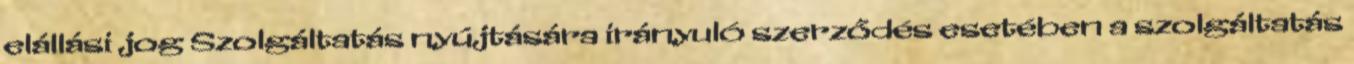
elállási jog Szolgáltatás nyújtására irányuló szerződés esetében a szolgáltatás